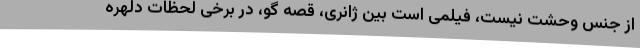
از جنس وحشت نیست، فیلمی است بین ژانری، قصه گو، در برخی لحظات دلهره